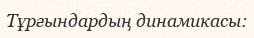
Тұрғындардың динамикасы: